Source: Handwritten
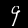
Digit: ၄ (4)